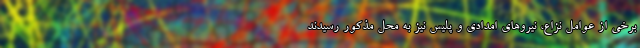
برخی از عوامل نزاع، نیرو‌های امدادی و پلیس نیز به محل مذکور رسیدند